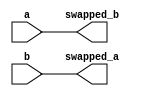
// Code your design here
module swap(
  input [3:0] a, b,
  output reg [3:0] swapped_a, swapped_b
);

  always @(*) begin

    swapped_a = b;
    swapped_b = a;
  end

endmodule